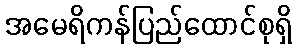
အမေရိကန်ပြည်ထောင်စုရှိ